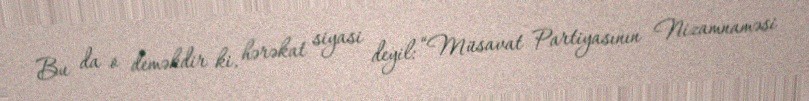
Bu da o deməkdir ki, hərəkat siyasi deyil: “Müsavat Partiyasının Nizamnaməsi